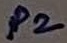
Text: P2